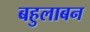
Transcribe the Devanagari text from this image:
बहुलाबन